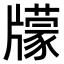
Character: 𤘁